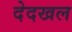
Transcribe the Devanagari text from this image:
देदखल